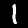
Digit: 1